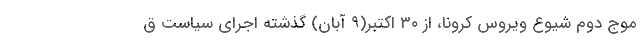
موج دوم شیوع ویروس کرونا، از ۳۰ اکتبر(۹ آبان) گذشته اجرای سیاست ق